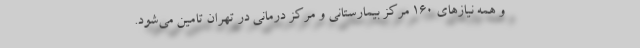
و همه نیازهای ۱۶۰ مرکز بیمارستانی و مرکز درمانی در تهران تامین می‌شود.